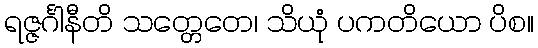
ရဇ္ဇင်္ဂါနီတိ သတ္တေတေ၊ သိယုံ ပကတိယော ပိစ။